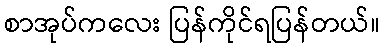
စာအုပ်ကလေး ပြန်ကိုင်ရပြန်တယ်။